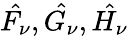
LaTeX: \hat{F_{\nu}},\hat{G_{\nu}},\hat{H_{\nu}}